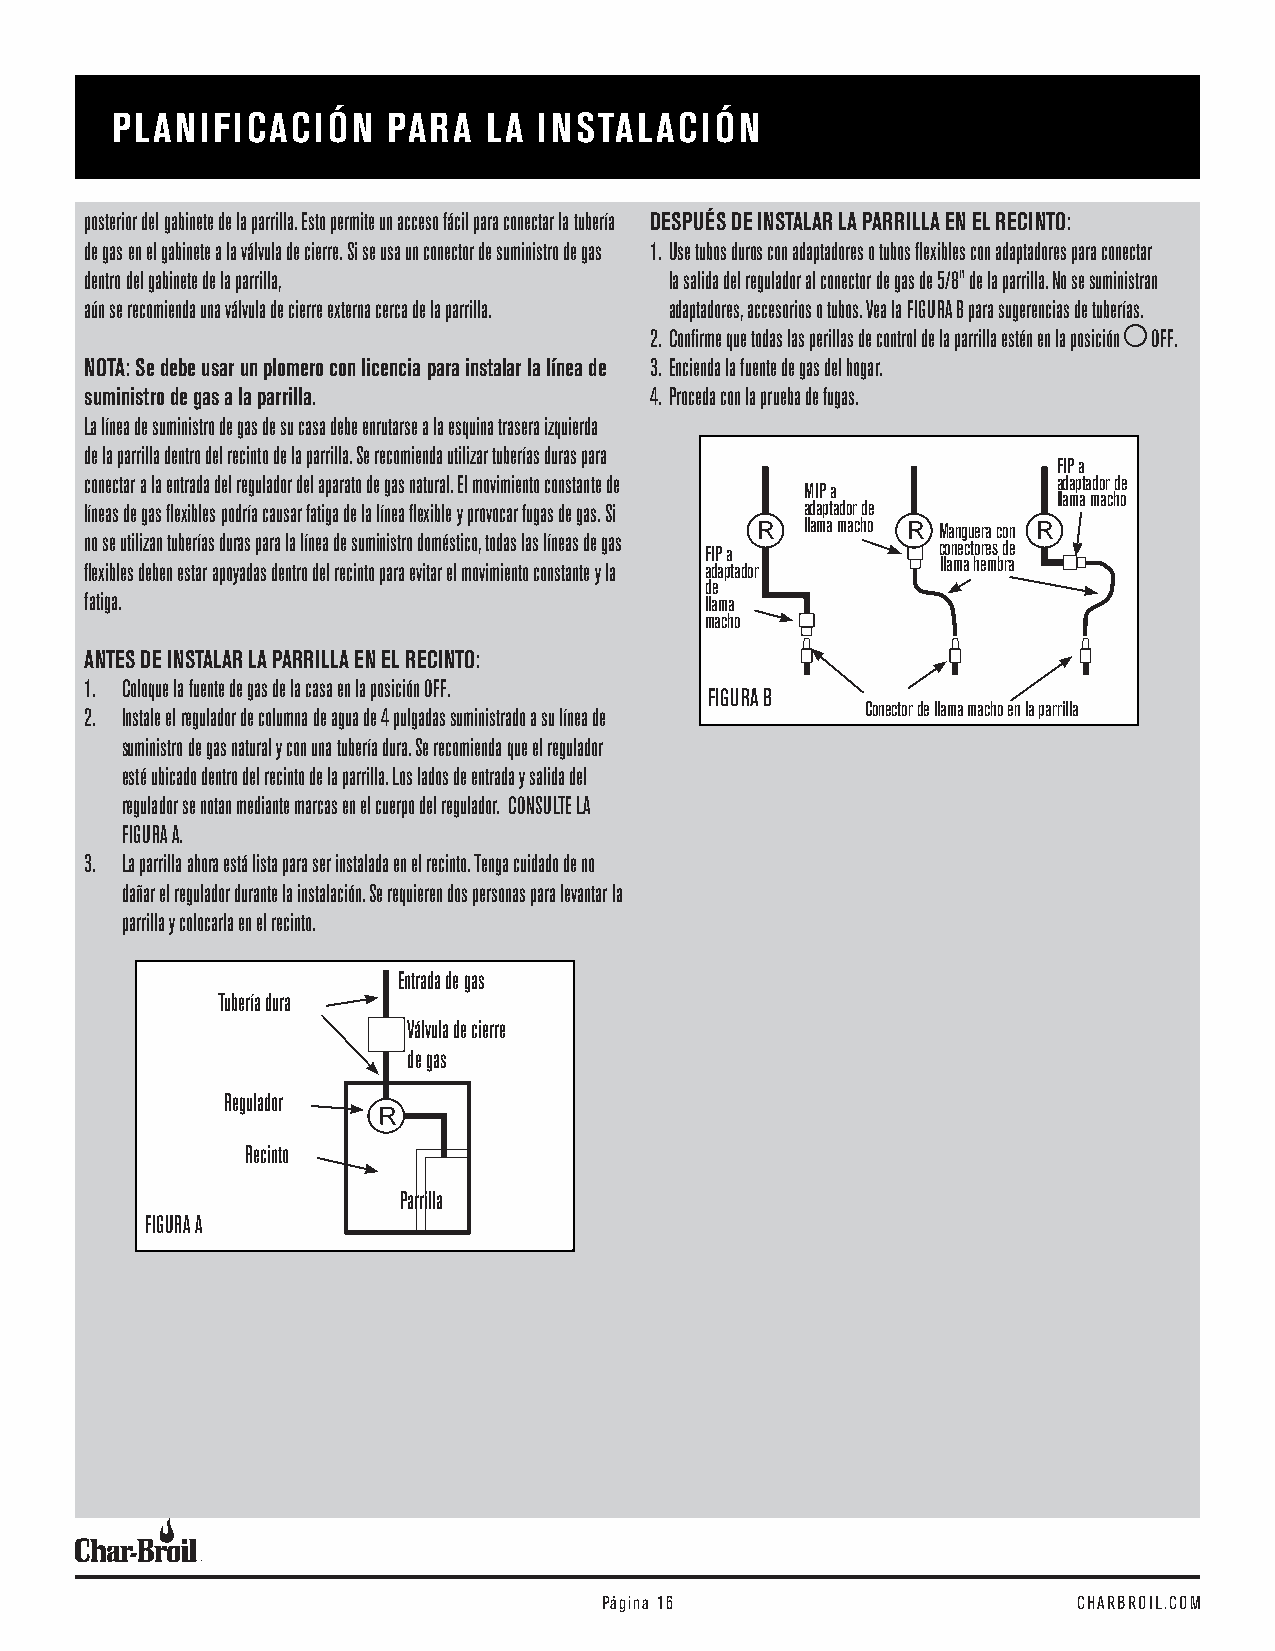
PLANIFICACIÓN      PARA  LA  INSTALACIÓN
 posterior del gabinete de la parrilla. Esto permite un acceso fácil para conectar la tubería DESPUÉS DE INSTALAR LA PARRILLA EN EL RECINTO:
 de gas en el gabinete a la válvula de cierre. Si se usa un conector de suministro de gas 1. Use tubos duros con adaptadores o tubos flexibles con adaptadores para conectar
 dentro del gabinete de la parrilla,   la salida del regulador al conector de gas de 5/8" de la parrilla. No se suministran
 aún se recomienda una válvula de cierre externa cerca de la parrilla. adaptadores, accesorios o tubos. Vea la FIGURA B para sugerencias de tuberías.
 2. Confirme que todas las perillas de control de la parrilla estén en la posición OFF.
 NOTA: Se debe usar un plomero con licencia para instalar la línea de 3. Encienda la fuente de gas del hogar.
 suministro de gas a la parrilla.     4. Proceda con la prueba de fugas.
 La línea de suministro de gas de su casa debe enrutarse a la esquina trasera izquierda
 de la parrilla dentro del recinto de la parrilla. Se recomienda utilizar tuberías duras para
 FIP a
 conectar a la entrada del regulador del aparato de gas natural. El movimiento constante de adaptador de
 MIP a
 llama macho
 líneas de gas flexibles podría causar fatiga de la línea flexible y provocar fugas de gas. Si adaptador de
 llama macho
 R         R Manguera con R
 no se utilizan tuberías duras para la línea de suministro doméstico, todas las líneas de gas
 conectores de
 FIP a
 flexibles deben estar apoyadas dentro del recinto para evitar el movimiento constante y la adaptador llama hembra
 de
 fatiga.                                  llama
 macho
 ANTES DE INSTALAR LA PARRILLA EN EL RECINTO:
 1. Coloque la fuente de gas de la casa en la posición OFF.
 FIGURA B
 Conector de llama macho en la parrilla
 2. Instale el regulador de columna de agua de 4 pulgadas suministrado a su línea de
 suministro de gas natural y con una tubería dura. Se recomienda que el regulador
 esté ubicado dentro del recinto de la parrilla. Los lados de entrada y salida del
 regulador se notan mediante marcas en el cuerpo del regulador. CONSULTE LA
 FIGURA A.
 3. La parrilla ahora está lista para ser instalada en el recinto. Tenga cuidado de no
 dañar el regulador durante la instalación. Se requieren dos personas para levantar la
 parrilla y colocarla en el recinto.
 Entrada de gas
 Tubería dura
 Válvula de cierre
 de gas
 Regulador
 Recinto
 Parrilla
 FIGURA A
 Página 16                      CHARBROIL.COM